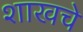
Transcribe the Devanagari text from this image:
शाखचे